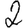
Digit: 2